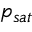
p _ { s a t }